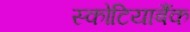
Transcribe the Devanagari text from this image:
स्कोटियाबैंक